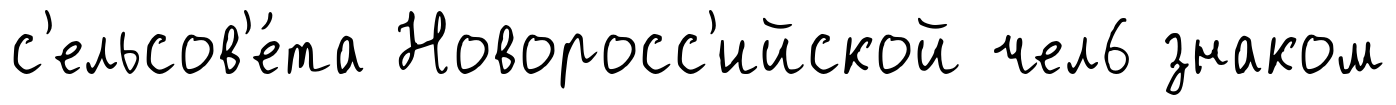
с'ельсов'е́та Новоросс'ийской чел6 знаком